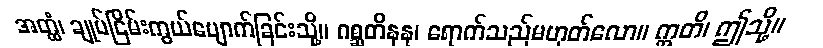
အတ္ထံ၊ ချုပ်ငြိမ်းကွယ်ပျောက်ခြင်းသို့။ ဂစ္ဆတိနနု၊ ရောက်သည်မဟုတ်လော။ ဣတိ၊ ဤသို့။